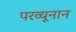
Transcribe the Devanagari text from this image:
परव्यूनान